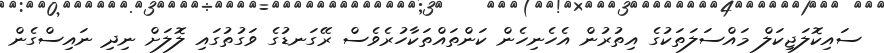
ސައިކޮލަޖިކަލް މައްސަލަތަކުގެ އިތުރުން އެހެނިހެން ކަންތައްތަކާހުރެވެސް ރޭގަނޑުގެ ވަގުތުގައި ލޮލަށް ނިދި ނައިސްގެން